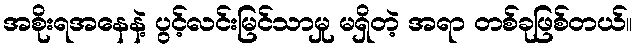
အစိုးရအနေနဲ့ ပွင့်လင်းမြင်သာမှု မရှိတဲ့ အရာ တစ်ခုဖြစ်တယ်။